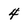
Character: 4